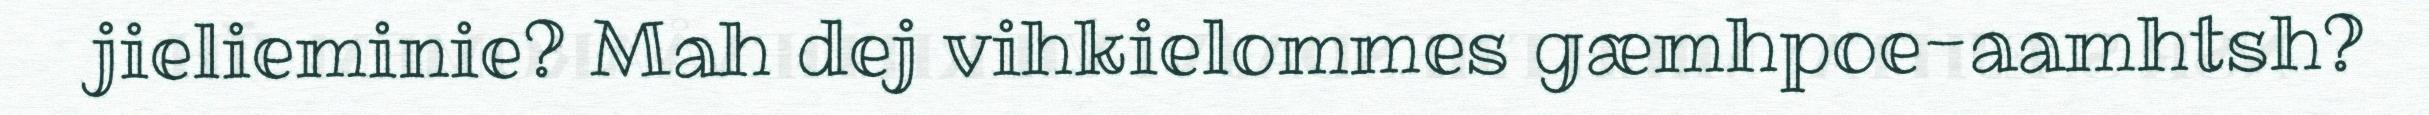
jielieminie? Mah dej vihkielommes gæmhpoe-aamhtsh?